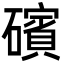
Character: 礗